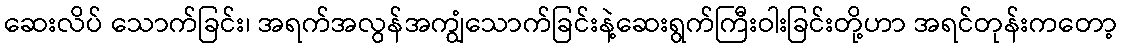
ဆေးလိပ် သောက်ခြင်း၊ အရက်အလွန်အကျွံသောက်ခြင်းနဲ့ဆေးရွက်ကြီးဝါးခြင်းတို့ဟာ အရင်တုန်းကတော့